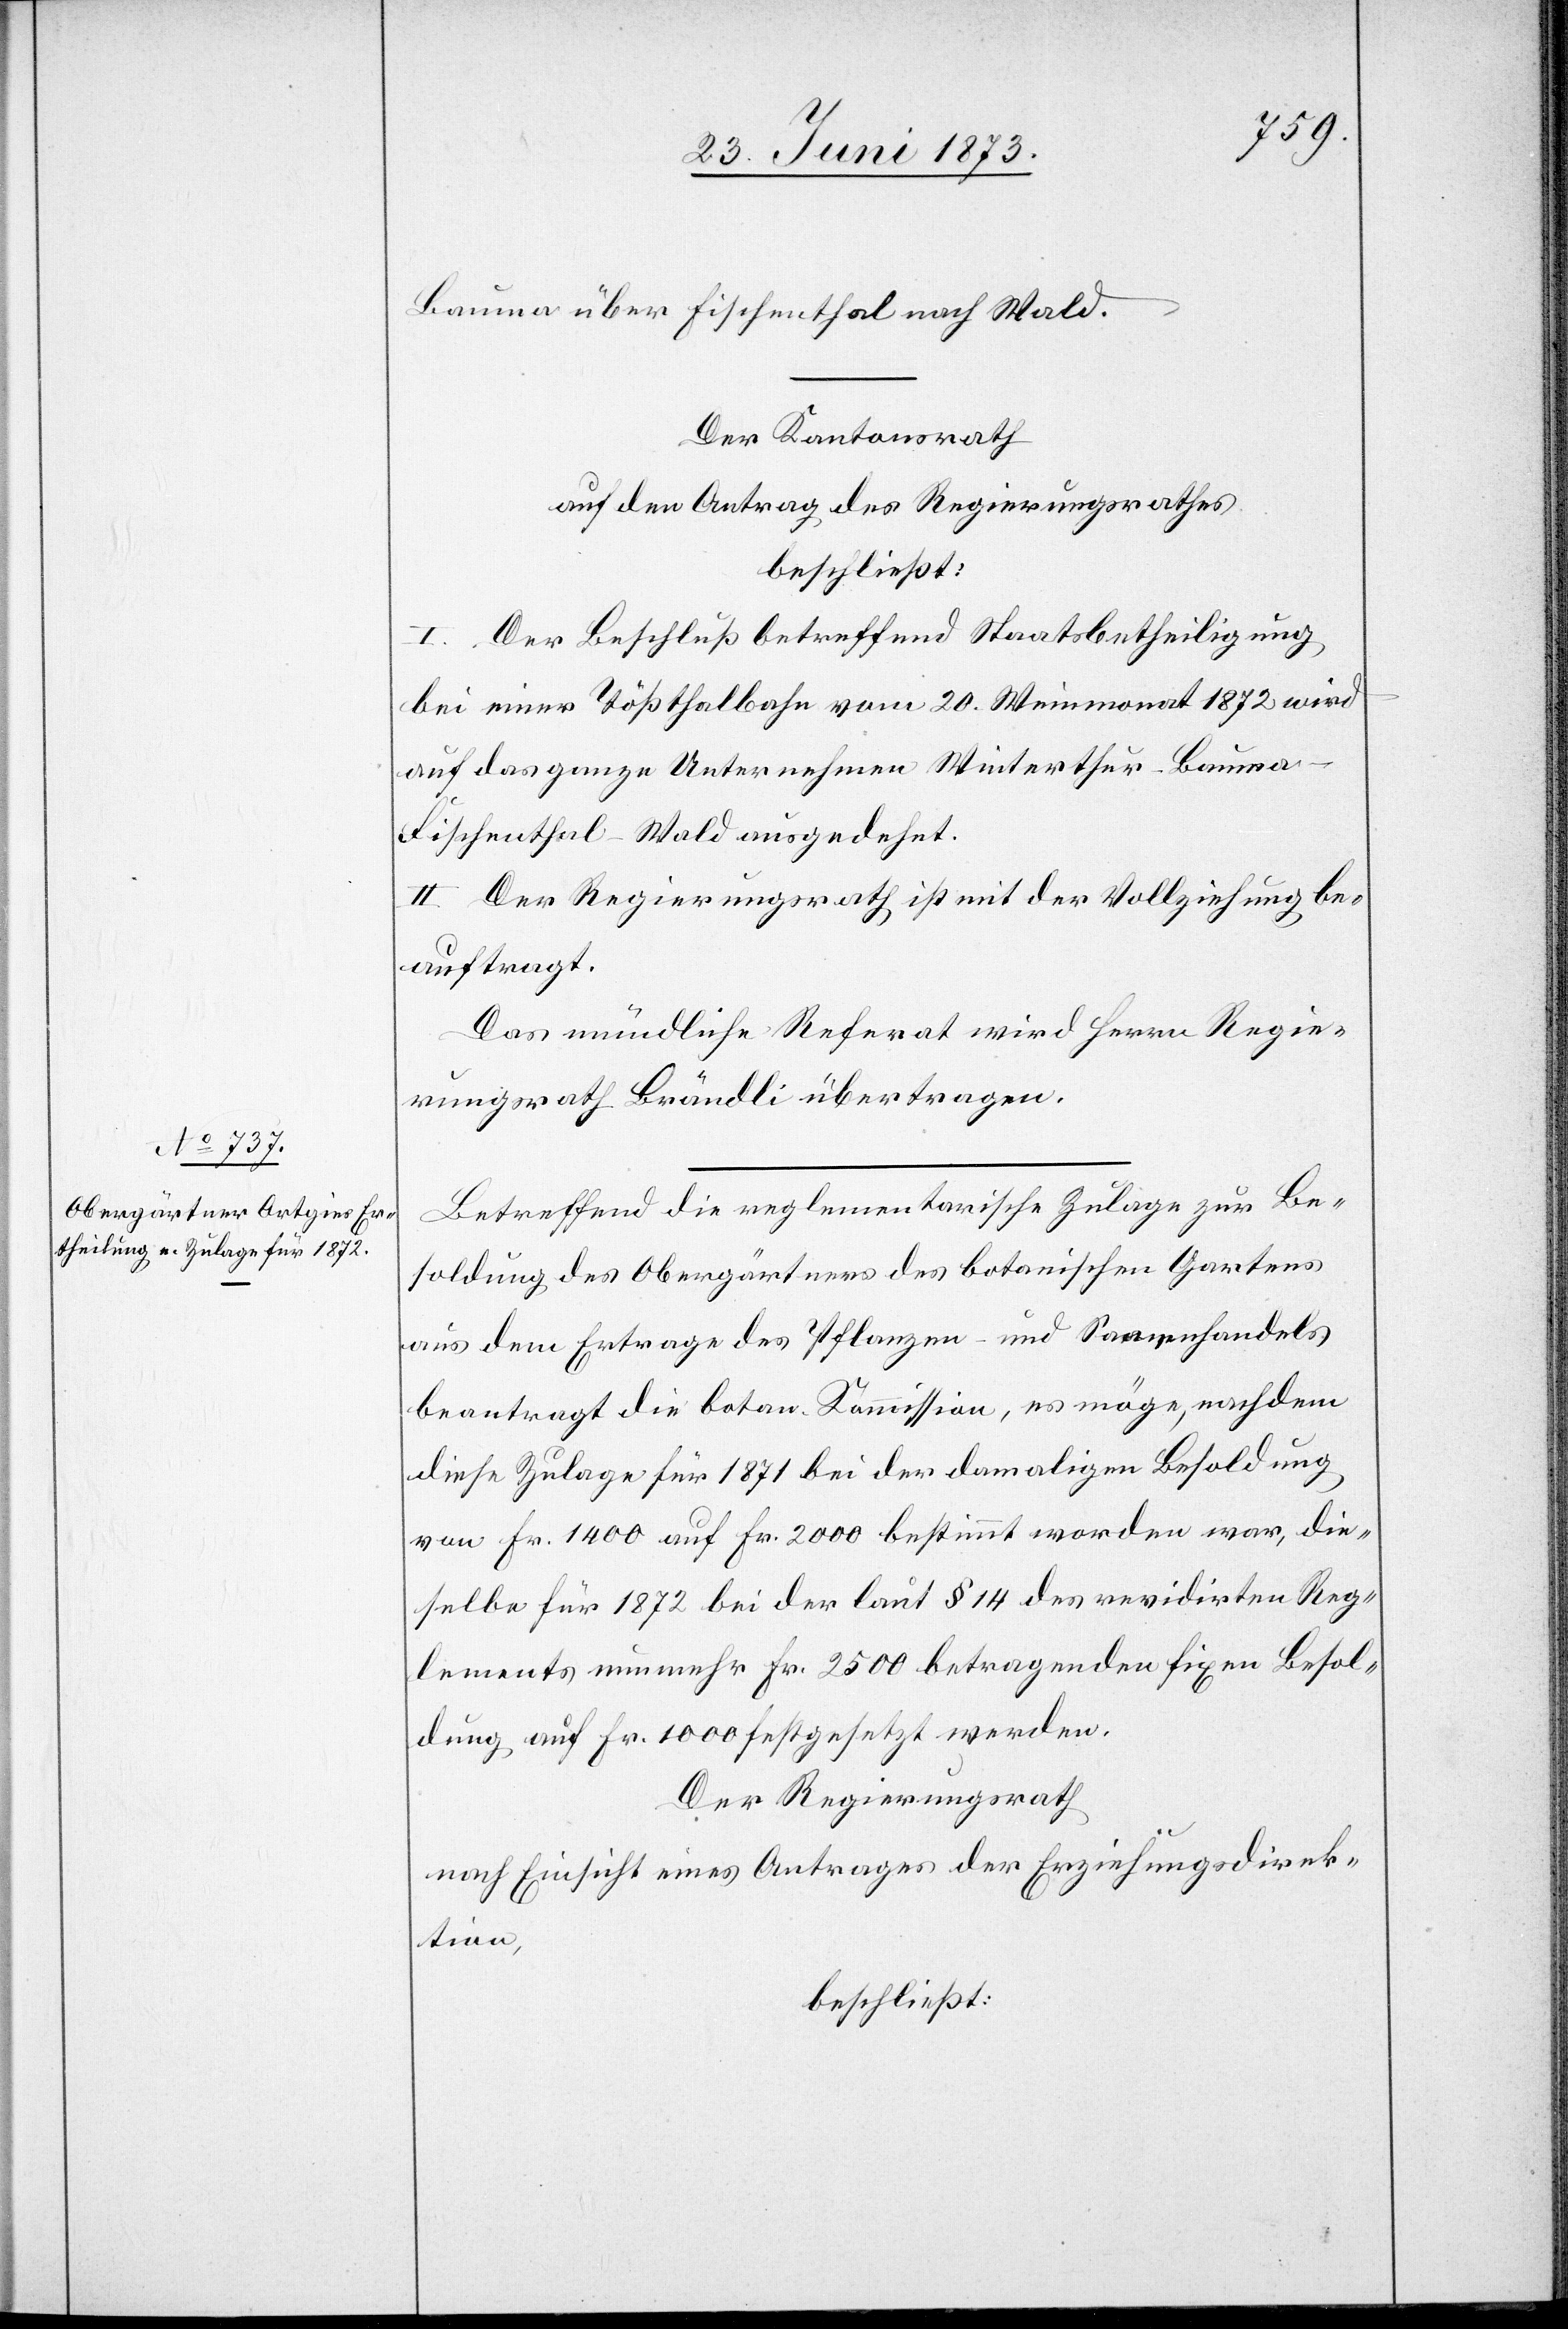
Bauma über Fischenthal nach Wald.
Der Kantonsrath
auf den Antrag des Regierungsrathes
beschließt:
I. Der Beschluß betreffend Staatsbetheiligung
bei einer Tößthalbahn vom 20. Weinmonat 1872 wird
auf das ganze Unternehmen Winterthur–Bauma–F¬
ischenthal–Wald ausgedehnt.
II. Der Regierungsrath ist mit der Vollziehung be¬
auftragt.
Das mündliche Referat wird Herrn Regie¬
rungsrath Brändli übertragen.
Betreffend die reglementarische Zulage zur Be¬
soldung des Obergärtners des botanischen Gartens
aus dem Ertrage des Pflanzen- und Samenhandels
beantragt die botan. Kommission, es möge, nachdem
diese Zulage für 1871 bei der damaligen Besoldung
von Fr. 1 400 auf Fr. 2 000 bestimmt worden war, die¬
selbe für 1872 bei der laut § 14 des revidirten Reg¬
lements nunmehr Fr. 2 500 betragenden fixen Besol¬
dung auf Fr. 1 000 festgesetzt werden.
Der Regierungsrath
nach Einsicht eines Antrages der Erziehungsdirek¬
tion,
beschließt: